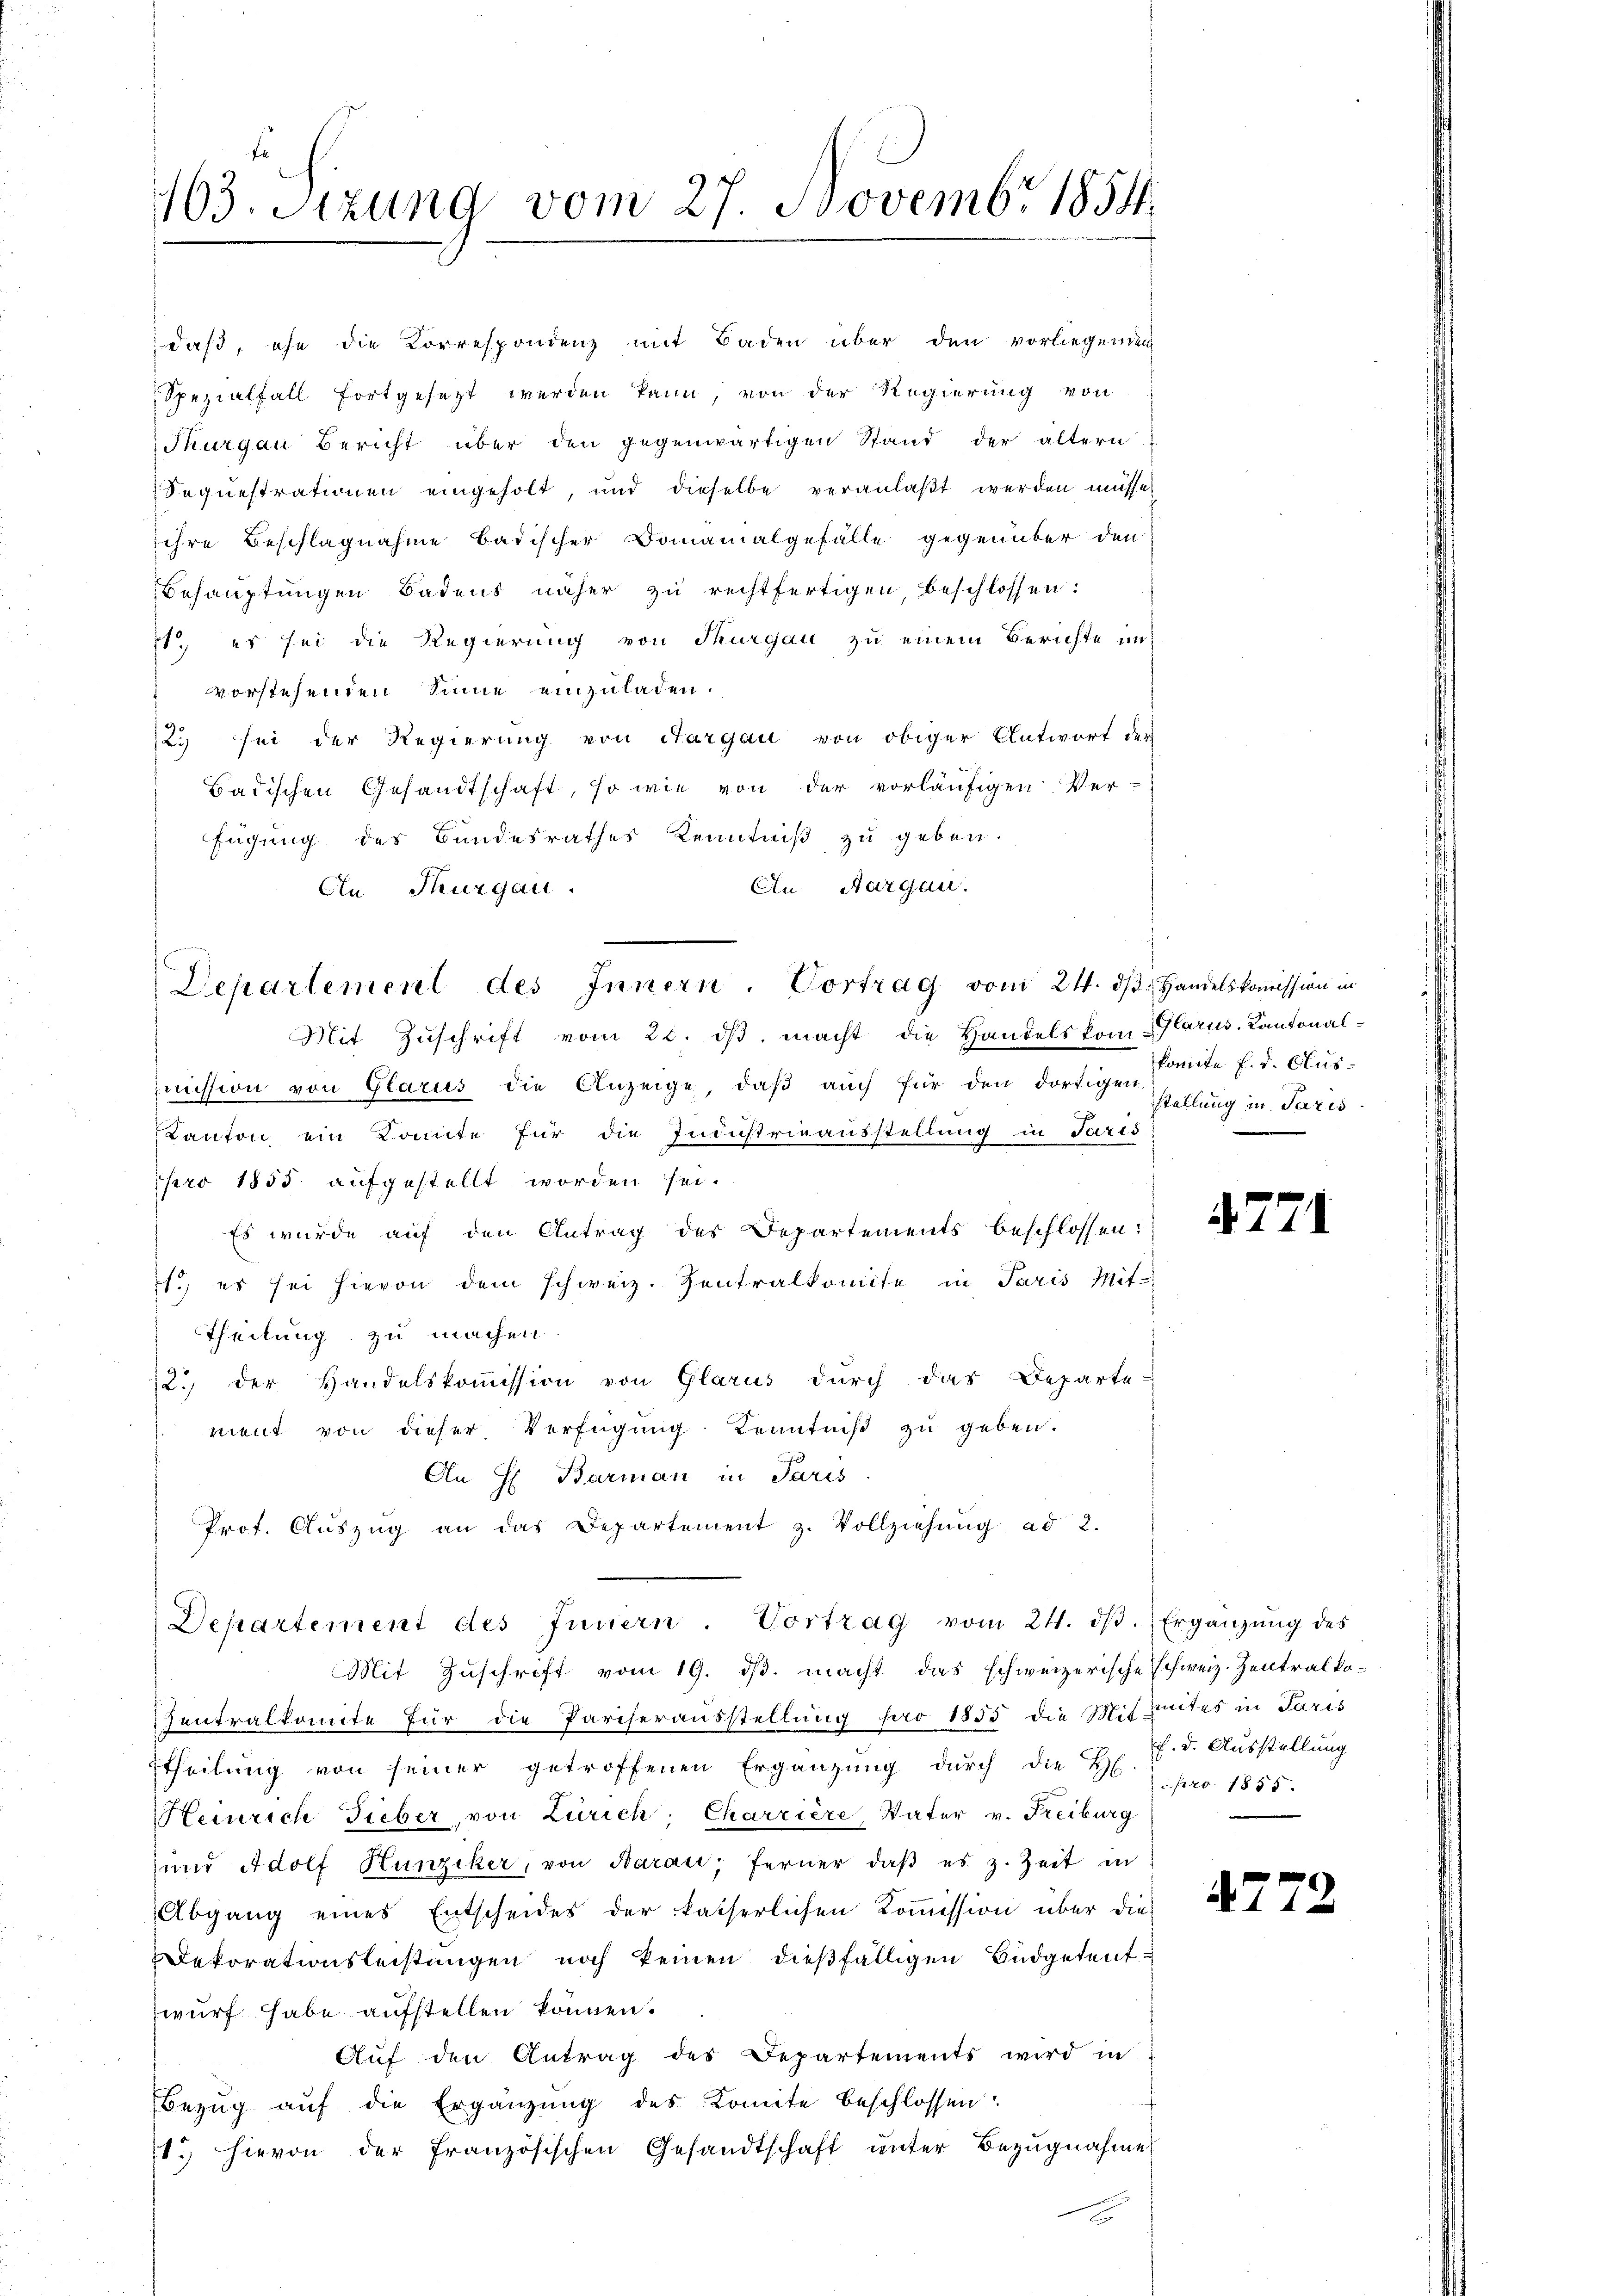
1103. Sitzung vom 27. Novembr 1854

Departement des Innern. Vortrag vom 24. ds. Handelskomission in

Thurgau Bericht über den gegenwärtigen Stand der ältern
Sequestrationen eingeholt, und dieselbe veranlaßt werden müsse,
ihre Beschlagnahme badischer Domanialgefälle gegenüber den
Behauptungen Badens näher zu rechtfertigen, beschlossen:
1., es sei die Regierung von Thurgau zu einem Berichte in
vorstehenden Sinne einzuladen.
123 sei der Regierung von Aargau von obiger Antwort des
Badischen Gesandtschaft, so wie von der vorläufigen Ver-
fügung des Bundesrathes Kenntniß zu geben.
An Aargau.
Cn Thurgau.
Mit Zŭschrift vom 22. dβ macht die Handelskom-Glarus-Kantonal-
mmission von Glaries die Anzeige, daß auch für den dortigen
Kanton ein Komite für die Industrieausstellung in Paris
pro 1855 aufgestellt worden sei.
Es wurde auf den Antrag des Departements beschlossen:
1. es sei hievon dem schweiz. Zentralkomite in Paris Mit-
Theilung zu machen.
12. der Handelskoṁission von Glarus durch das Departe-
ment von dieser Verfügung Kenntniß zu geben.
An H. Barman in Paris
Prof. Aŭszŭg an das Departement z. Vollziehŭng ad 2.
Departement des Innern. Vortrag vom 24. dβ. Ergänzung des
Mit Zuschrift vom 19. dβ. macht das schweizerische Schweiz. Zentralko-
entralkomite für die Parcherausstellung pro 1853 die Mitzites in Paris
Etheilung von seiner getroffenen Ergänzŭng dŭrch die Hpro 1855.
Heinrich Fieber, von Zürich, Charriere Vater v. Freiburg
und Adolf Hunziker, von Aarau, ferner, daβ es z. Zeit in
Abgang eines Entscheides der katherlichen Koṁission über die
Dekorationsleistungen noch keinen dießfälligen Büdgetent
wurf habe aufstellen können.
Auf den Antrag des Departements wird in
Bezŭg aŭf die Ergänzung des Komite beschlossen:
1.) hievon der französischen Gesandtschaft unter Bezugnahme

daß, ihn die Korrespondenz mit Baden über den vorliegenden
Spezialfall fortgesetzt werden kann, von der Regierung von

konnte F. d. Clusstellung in Paris.

477

.

f. d. Ausstellung

4272